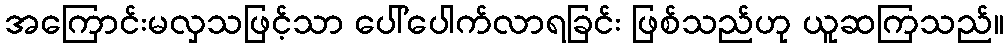
အကြောင်းမလှသဖြင့်သာ ပေါ်ပေါက်လာရခြင်း ဖြစ်သည်ဟု ယူဆကြသည်။